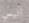
أليس